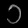
Digit: ၁